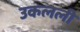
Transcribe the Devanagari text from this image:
उकलली